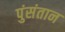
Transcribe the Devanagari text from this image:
पुंसंतान